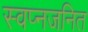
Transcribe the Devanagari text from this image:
स्वप्नजनित